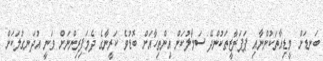
ބަނޑަށް މީޑިއާތަކުންނާއި ޕަޕަރާޒީތަކުންދޭ ސަމާލުކަން އިންތިހާއަށް ބޮޑުވެ ކަރީނާގެ ދެމަފިރިންނަށް ވަނީ އުދަނގުުލަކަށް